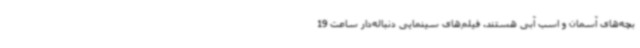
بچه‌های آسمان و اسب آبی هستند. فیلم‌های سینمایی دنباله‌دار ساعت 19